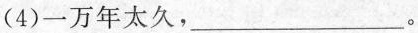
(4)一万年太久，___。